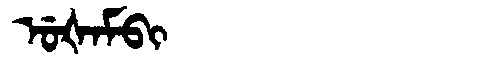
Manchu: ᡠᡧᠠᠮᠪᡳ
Romanization: UŠAMBI